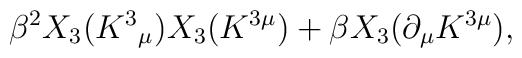
\beta^{2}X_{3}(K^{3}{}_{\mu})X_{3}(K^{3\mu })+\beta X_{3}(\partial _{\mu }K^{3\mu}),